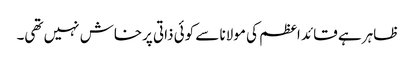
ظاہر ہے قائد اعظم کی مولانا سے کوئی ذاتی پرخاش نہیں تھی۔